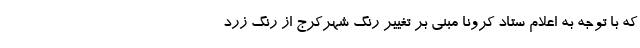
که با توجه به اعلام ستاد کرونا مبنی بر تغییر رنگ شهرکرج از رنگ زرد